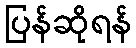
ပြန်ဆိုရန်